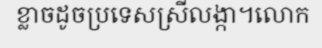
ខ្លាចដូចប្រទេសស្រីលង្កា។លោក